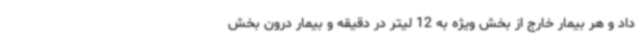
داد و هر بیمار خارج از بخش ویژه به 12 لیتر در دقیقه و بیمار درون بخش